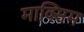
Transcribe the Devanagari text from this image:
माक्सिम